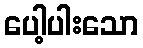
ပေါ့ပါးသော